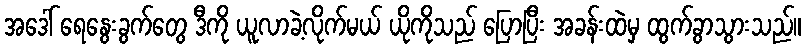
အဒေါ် ရေနွေးခွက်တွေ ဒီကို ယူလာခဲ့လိုက်မယ် ယိုကိုသည် ပြောပြီး အခန်းထဲမှ ထွက်ခွာသွားသည်။